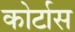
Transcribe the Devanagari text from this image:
कोर्टास